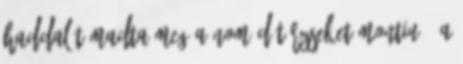
Haddal támadta meg a nomád törzseket Montiu , a